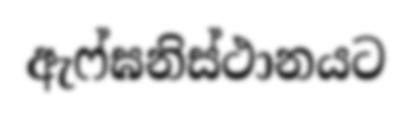
ඇෆ්ඝනිස්ථානයට